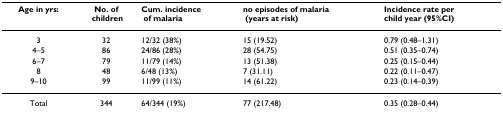
| Age in yrs: | No. of children | Cum. incidence of malaria | no episodes of malaria (years at risk) | Incidence rate per child year (95%CI) |
 | --- | --- | --- | --- | --- |
 | 3 | 32 | 12/32 (38%) | 15 (19.52) | 0.79 (0.48–1.31) |
 | 4–5 | 86 | 24/86 (28%) | 28 (54.75) | 0.51 (0.35–0.74) |
 | 6–7 | 79 | 11/79 (14%) | 13 (51.38) | 0.25 (0.15–0.44) |
 | 8 | 48 | 6/48 (13%) | 7 (31.11) | 0.22 (0.11–0.47) |
 | 9–10 | 99 | 11/99 (11%) | 14 (61.22) | 0.23 (0.14–0.39) |
 | Total | 344 | 64/344 (19%) | 77 (217.48) | 0.35 (0.28–0.44) |